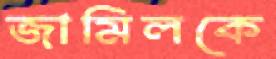
জামিলকে